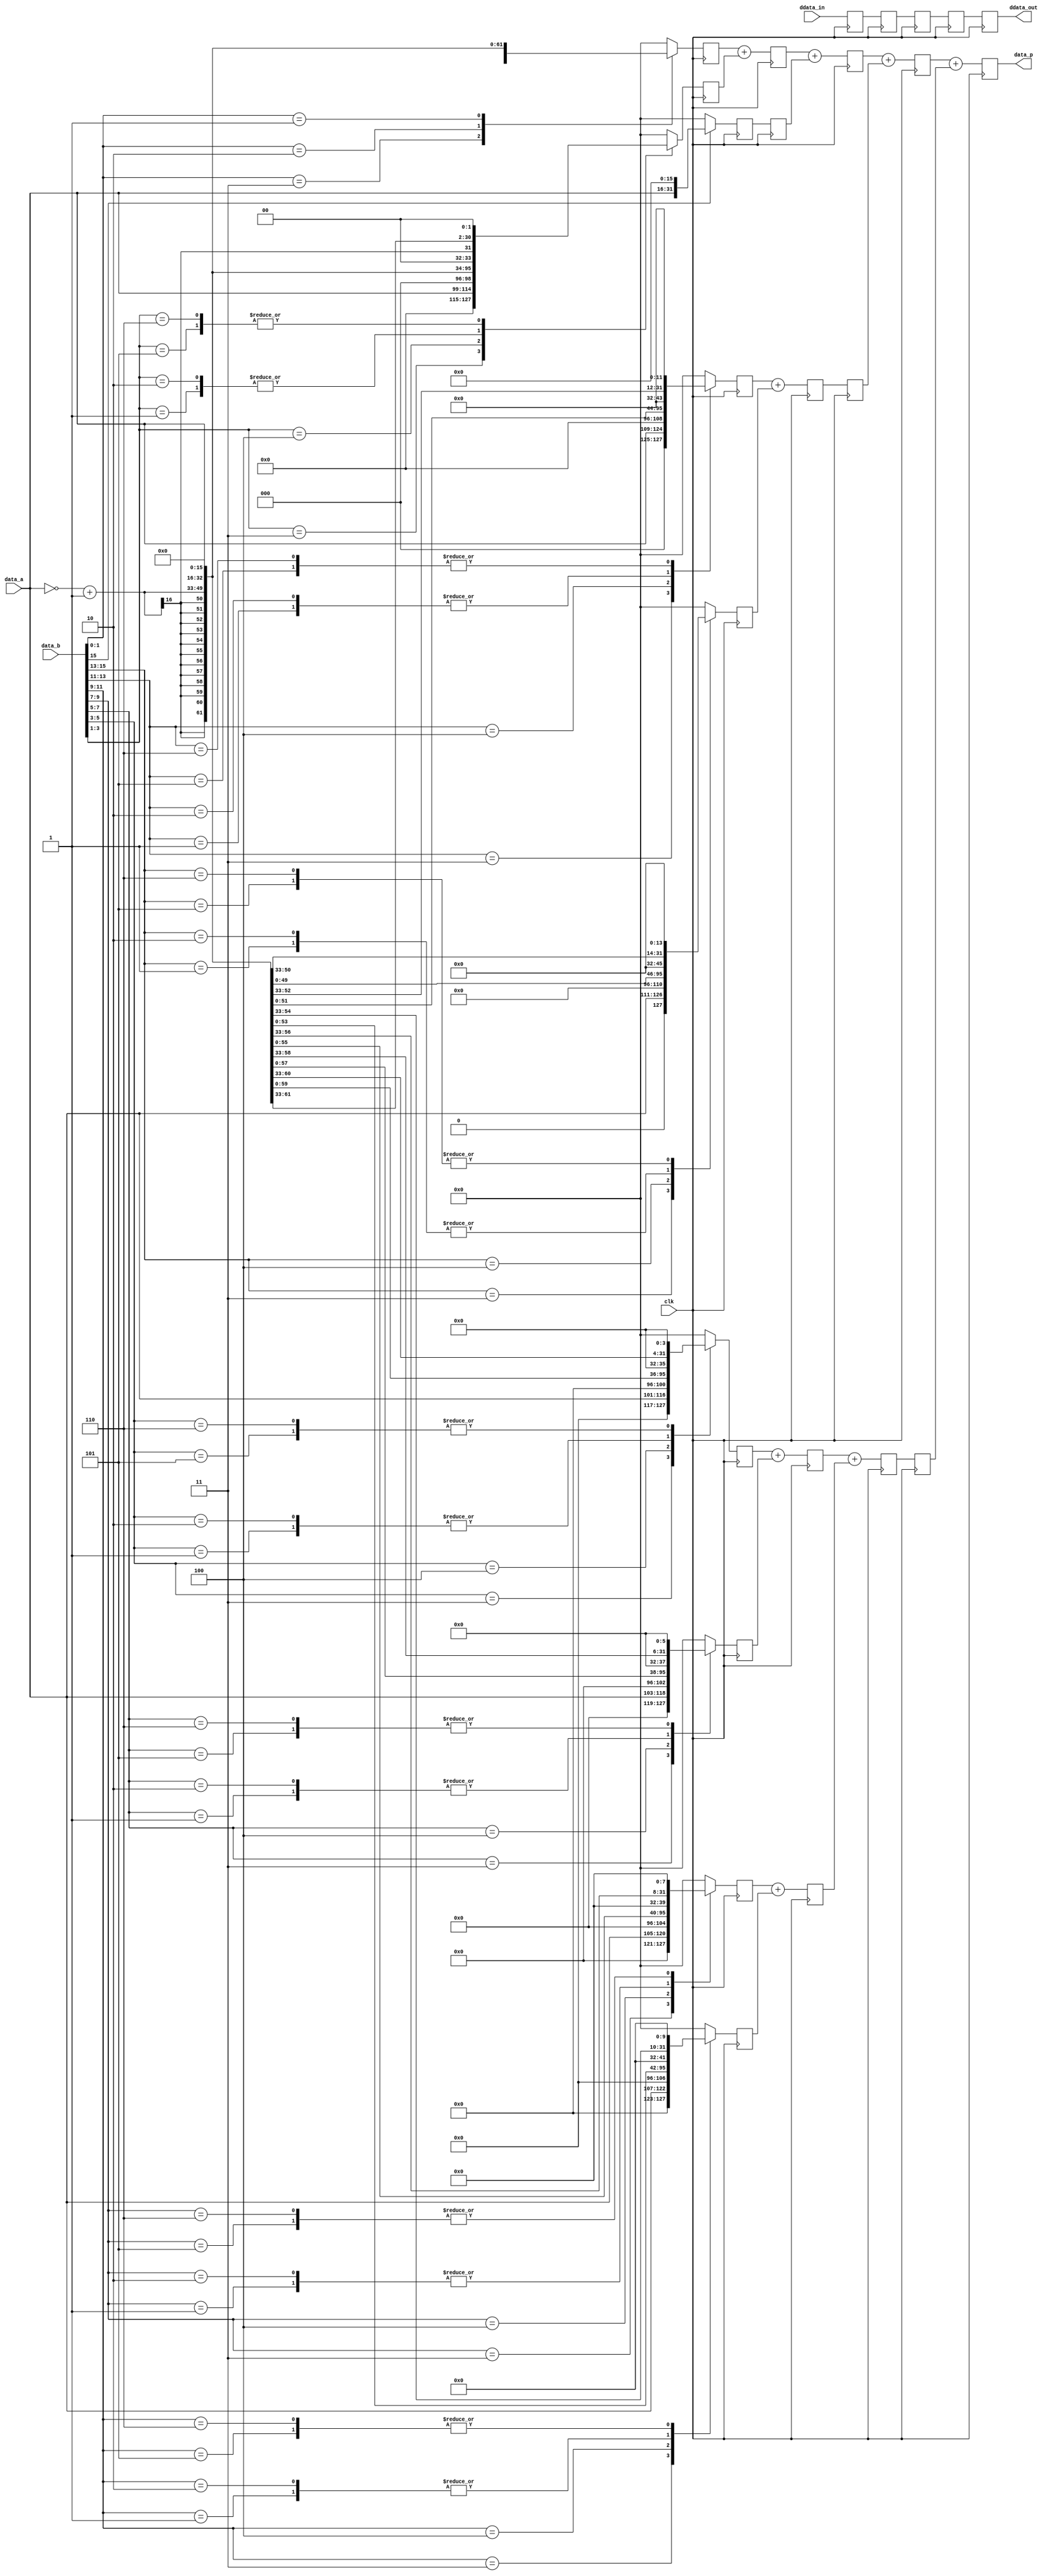
// ***************************************************************************
// ***************************************************************************
// Copyright 2011(c) Analog Devices, Inc.
// 
// All rights reserved.
// 
// Redistribution and use in source and binary forms, with or without modification,
// are permitted provided that the following conditions are met:
//     - Redistributions of source code must retain the above copyright
//       notice, this list of conditions and the following disclaimer.
//     - Redistributions in binary form must reproduce the above copyright
//       notice, this list of conditions and the following disclaimer in
//       the documentation and/or other materials provided with the
//       distribution.
//     - Neither the name of Analog Devices, Inc. nor the names of its
//       contributors may be used to endorse or promote products derived
//       from this software without specific prior written permission.
//     - The use of this software may or may not infringe the patent rights
//       of one or more patent holders.  This license does not release you
//       from the requirement that you obtain separate licenses from these
//       patent holders to use this software.
//     - Use of the software either in source or binary form, must be run
//       on or directly connected to an Analog Devices Inc. component.
//    
// THIS SOFTWARE IS PROVIDED BY ANALOG DEVICES "AS IS" AND ANY EXPRESS OR IMPLIED WARRANTIES,
// INCLUDING, BUT NOT LIMITED TO, NON-INFRINGEMENT, MERCHANTABILITY AND FITNESS FOR A
// PARTICULAR PURPOSE ARE DISCLAIMED.
//
// IN NO EVENT SHALL ANALOG DEVICES BE LIABLE FOR ANY DIRECT, INDIRECT, INCIDENTAL, SPECIAL,
// EXEMPLARY, OR CONSEQUENTIAL DAMAGES (INCLUDING, BUT NOT LIMITED TO, INTELLECTUAL PROPERTY
// RIGHTS, PROCUREMENT OF SUBSTITUTE GOODS OR SERVICES; LOSS OF USE, DATA, OR PROFITS; OR 
// BUSINESS INTERRUPTION) HOWEVER CAUSED AND ON ANY THEORY OF LIABILITY, WHETHER IN CONTRACT,
// STRICT LIABILITY, OR TORT (INCLUDING NEGLIGENCE OR OTHERWISE) ARISING IN ANY WAY OUT OF 
// THE USE OF THIS SOFTWARE, EVEN IF ADVISED OF THE POSSIBILITY OF SUCH DAMAGE.
// ***************************************************************************
// ***************************************************************************
// ***************************************************************************
// ***************************************************************************
// both inputs are considered unsigned 16 bits-
// ddata is delay matched generic data

`timescale 1ps/1ps

module cf_mul_u16 (

  // data_p = data_a * data_b;

  clk,
  data_a,
  data_b,
  data_p,

  // delay interface

  ddata_in,
  ddata_out);

  // delayed data bus width

  parameter DELAY_DATA_WIDTH = 16;
  parameter DW = DELAY_DATA_WIDTH - 1;

  // data_p = data_a * data_b;

  input           clk;
  input   [15:0]  data_a;
  input   [15:0]  data_b;
  output  [31:0]  data_p;

  // delay interface

  input   [DW:0]  ddata_in;
  output  [DW:0]  ddata_out;

  // internal registers

  reg     [DW:0]  p1_ddata = 'd0;
  reg     [31:0]  p1_data_p_0 = 'd0;
  reg     [31:0]  p1_data_p_1 = 'd0;
  reg     [31:0]  p1_data_p_2 = 'd0;
  reg     [31:0]  p1_data_p_3 = 'd0;
  reg     [31:0]  p1_data_p_4 = 'd0;
  reg     [31:0]  p1_data_p_5 = 'd0;
  reg     [31:0]  p1_data_p_6 = 'd0;
  reg     [31:0]  p1_data_p_7 = 'd0;
  reg     [31:0]  p1_data_p_8 = 'd0;
  reg     [DW:0]  p2_ddata = 'd0;
  reg     [31:0]  p2_data_p_0 = 'd0;
  reg     [31:0]  p2_data_p_1 = 'd0;
  reg     [31:0]  p2_data_p_2 = 'd0;
  reg     [31:0]  p2_data_p_3 = 'd0;
  reg     [31:0]  p2_data_p_4 = 'd0;
  reg     [DW:0]  p3_ddata = 'd0;
  reg     [31:0]  p3_data_p_0 = 'd0;
  reg     [31:0]  p3_data_p_1 = 'd0;
  reg     [31:0]  p3_data_p_2 = 'd0;
  reg     [DW:0]  p4_ddata = 'd0;
  reg     [31:0]  p4_data_p_0 = 'd0;
  reg     [31:0]  p4_data_p_1 = 'd0;
  reg     [DW:0]  ddata_out = 'd0;
  reg     [31:0]  data_p = 'd0;

  // internal signals

  wire    [16:0]  p1_data_a_1p_17_s;
  wire    [16:0]  p1_data_a_1n_17_s;
  wire    [31:0]  p1_data_a_1p_s;
  wire    [31:0]  p1_data_a_1n_s;
  wire    [31:0]  p1_data_a_2p_s;
  wire    [31:0]  p1_data_a_2n_s;

  // pipe line stage 1, get the two's complement versions

  assign p1_data_a_1p_17_s = {1'b0, data_a};
  assign p1_data_a_1n_17_s = ~p1_data_a_1p_17_s + 1'b1;

  assign p1_data_a_1p_s = {{15{p1_data_a_1p_17_s[16]}}, p1_data_a_1p_17_s};
  assign p1_data_a_1n_s = {{15{p1_data_a_1n_17_s[16]}}, p1_data_a_1n_17_s};
  assign p1_data_a_2p_s = {{14{p1_data_a_1p_17_s[16]}}, p1_data_a_1p_17_s, 1'b0};
  assign p1_data_a_2n_s = {{14{p1_data_a_1n_17_s[16]}}, p1_data_a_1n_17_s, 1'b0};

  // pipe line stage 1, get the partial products

  always @(posedge clk) begin
    p1_ddata <= ddata_in;
    case (data_b[1:0])
      2'b11: p1_data_p_0 <= p1_data_a_1n_s;
      2'b10: p1_data_p_0 <= p1_data_a_2n_s;
      2'b01: p1_data_p_0 <= p1_data_a_1p_s;
      default: p1_data_p_0 <= 32'd0;
    endcase
    case (data_b[3:1])
      3'b011: p1_data_p_1 <= {p1_data_a_2p_s[29:0], 2'd0};
      3'b100: p1_data_p_1 <= {p1_data_a_2n_s[29:0], 2'd0};
      3'b001: p1_data_p_1 <= {p1_data_a_1p_s[29:0], 2'd0};
      3'b010: p1_data_p_1 <= {p1_data_a_1p_s[29:0], 2'd0};
      3'b101: p1_data_p_1 <= {p1_data_a_1n_s[29:0], 2'd0};
      3'b110: p1_data_p_1 <= {p1_data_a_1n_s[29:0], 2'd0};
      default: p1_data_p_1 <= 32'd0;
    endcase
    case (data_b[5:3])
      3'b011: p1_data_p_2 <= {p1_data_a_2p_s[27:0], 4'd0};
      3'b100: p1_data_p_2 <= {p1_data_a_2n_s[27:0], 4'd0};
      3'b001: p1_data_p_2 <= {p1_data_a_1p_s[27:0], 4'd0};
      3'b010: p1_data_p_2 <= {p1_data_a_1p_s[27:0], 4'd0};
      3'b101: p1_data_p_2 <= {p1_data_a_1n_s[27:0], 4'd0};
      3'b110: p1_data_p_2 <= {p1_data_a_1n_s[27:0], 4'd0};
      default: p1_data_p_2 <= 32'd0;
    endcase
    case (data_b[7:5])
      3'b011: p1_data_p_3 <= {p1_data_a_2p_s[25:0], 6'd0};
      3'b100: p1_data_p_3 <= {p1_data_a_2n_s[25:0], 6'd0};
      3'b001: p1_data_p_3 <= {p1_data_a_1p_s[25:0], 6'd0};
      3'b010: p1_data_p_3 <= {p1_data_a_1p_s[25:0], 6'd0};
      3'b101: p1_data_p_3 <= {p1_data_a_1n_s[25:0], 6'd0};
      3'b110: p1_data_p_3 <= {p1_data_a_1n_s[25:0], 6'd0};
      default: p1_data_p_3 <= 32'd0;
    endcase
    case (data_b[9:7])
      3'b011: p1_data_p_4 <= {p1_data_a_2p_s[23:0], 8'd0};
      3'b100: p1_data_p_4 <= {p1_data_a_2n_s[23:0], 8'd0};
      3'b001: p1_data_p_4 <= {p1_data_a_1p_s[23:0], 8'd0};
      3'b010: p1_data_p_4 <= {p1_data_a_1p_s[23:0], 8'd0};
      3'b101: p1_data_p_4 <= {p1_data_a_1n_s[23:0], 8'd0};
      3'b110: p1_data_p_4 <= {p1_data_a_1n_s[23:0], 8'd0};
      default: p1_data_p_4 <= 32'd0;
    endcase
    case (data_b[11:9])
      3'b011: p1_data_p_5 <= {p1_data_a_2p_s[21:0], 10'd0};
      3'b100: p1_data_p_5 <= {p1_data_a_2n_s[21:0], 10'd0};
      3'b001: p1_data_p_5 <= {p1_data_a_1p_s[21:0], 10'd0};
      3'b010: p1_data_p_5 <= {p1_data_a_1p_s[21:0], 10'd0};
      3'b101: p1_data_p_5 <= {p1_data_a_1n_s[21:0], 10'd0};
      3'b110: p1_data_p_5 <= {p1_data_a_1n_s[21:0], 10'd0};
      default: p1_data_p_5 <= 32'd0;
    endcase
    case (data_b[13:11])
      3'b011: p1_data_p_6 <= {p1_data_a_2p_s[19:0], 12'd0};
      3'b100: p1_data_p_6 <= {p1_data_a_2n_s[19:0], 12'd0};
      3'b001: p1_data_p_6 <= {p1_data_a_1p_s[19:0], 12'd0};
      3'b010: p1_data_p_6 <= {p1_data_a_1p_s[19:0], 12'd0};
      3'b101: p1_data_p_6 <= {p1_data_a_1n_s[19:0], 12'd0};
      3'b110: p1_data_p_6 <= {p1_data_a_1n_s[19:0], 12'd0};
      default: p1_data_p_6 <= 32'd0;
    endcase
    case (data_b[15:13])
      3'b011: p1_data_p_7 <= {p1_data_a_2p_s[17:0], 14'd0};
      3'b100: p1_data_p_7 <= {p1_data_a_2n_s[17:0], 14'd0};
      3'b001: p1_data_p_7 <= {p1_data_a_1p_s[17:0], 14'd0};
      3'b010: p1_data_p_7 <= {p1_data_a_1p_s[17:0], 14'd0};
      3'b101: p1_data_p_7 <= {p1_data_a_1n_s[17:0], 14'd0};
      3'b110: p1_data_p_7 <= {p1_data_a_1n_s[17:0], 14'd0};
      default: p1_data_p_7 <= 32'd0;
    endcase
    case (data_b[15])
      1'b1: p1_data_p_8 <= {p1_data_a_1p_s[15:0], 16'd0};
      default: p1_data_p_8 <= 32'd0;
    endcase
  end

  // pipe line stage 2, sum (intermediate 9 -> 5)

  always @(posedge clk) begin
    p2_ddata <= p1_ddata;
    p2_data_p_0 <= p1_data_p_0 + p1_data_p_1;
    p2_data_p_1 <= p1_data_p_2 + p1_data_p_3;
    p2_data_p_2 <= p1_data_p_4 + p1_data_p_5;
    p2_data_p_3 <= p1_data_p_6 + p1_data_p_7;
    p2_data_p_4 <= p1_data_p_8;
  end

  // pipe line stage 3, sum (intermediate 5 -> 3)

  always @(posedge clk) begin
    p3_ddata <= p2_ddata;
    p3_data_p_0 <= p2_data_p_0 + p2_data_p_4;
    p3_data_p_1 <= p2_data_p_1 + p2_data_p_2;
    p3_data_p_2 <= p2_data_p_3;
  end

  // pipe line stage 4, sum (intermediate 3 -> 2)

  always @(posedge clk) begin
    p4_ddata <= p3_ddata;
    p4_data_p_0 <= p3_data_p_0 + p3_data_p_2;
    p4_data_p_1 <= p3_data_p_1;
  end

  // piple line stage 5, output registers

  always @(posedge clk) begin
    ddata_out <= p4_ddata;
    data_p <= p4_data_p_0 + p4_data_p_1;
  end

endmodule

// ***************************************************************************
// ***************************************************************************